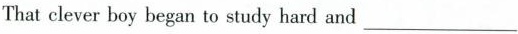
That clever boy began to study hard and ___